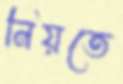
নিয়তে